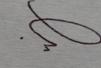
Signature authenticity: forged